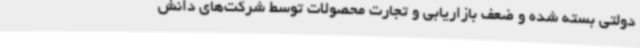
دولتی بسته شده و ضعف بازاریابی و تجارت محصولات توسط شرکت‌های دانش